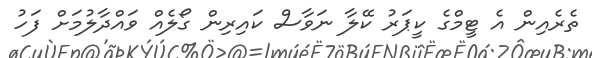
ތެރެއިން އެ ޓީމްގެ ކީޕަރު ކޭލާ ނަވާސް ކައިރިން ގޯލެއް ވައްދާލުމަށް ފަހު